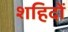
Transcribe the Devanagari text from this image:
शहिदों